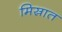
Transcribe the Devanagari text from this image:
मिस्रात